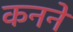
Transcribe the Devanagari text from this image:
कनने